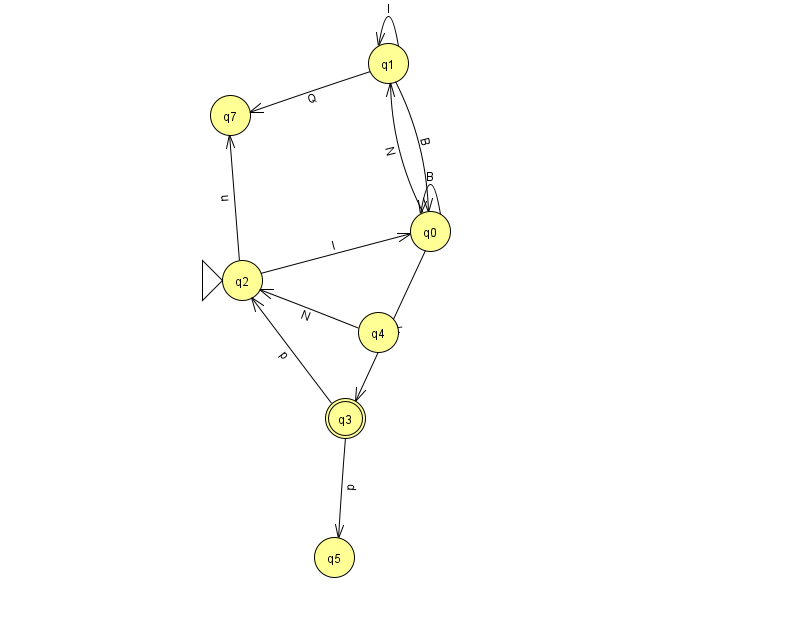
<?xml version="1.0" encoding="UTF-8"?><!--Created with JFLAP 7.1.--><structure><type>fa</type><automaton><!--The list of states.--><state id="0" name="q0"><x>430.0</x><y>218.0</y></state><state id="1" name="q1"><x>388.0</x><y>50.0</y></state><state id="2" name="q2"><x>242.0</x><y>267.0</y><initial/></state><state id="3" name="q3"><x>345.0</x><y>405.0</y><final/></state><state id="4" name="q4"><x>378.0</x><y>319.0</y></state><state id="5" name="q5"><x>334.0</x><y>544.0</y></state><state id="7" name="q7"><x>230.0</x><y>102.0</y></state><!--The list of transitions.--><transition><from>1</from><to>0</to><read>B</read></transition><transition><from>0</from><to>3</to><read>R</read></transition><transition><from>4</from><to>2</to><read>N</read></transition><transition><from>0</from><to>0</to><read>B</read></transition><transition><from>3</from><to>5</to><read>p</read></transition><transition><from>3</from><to>2</to><read>p</read></transition><transition><from>1</from><to>7</to><read>Q</read></transition><transition><from>2</from><to>7</to><read>u</read></transition><transition><from>1</from><to>1</to><read>I</read></transition><transition><from>0</from><to>1</to><read>N</read></transition><transition><from>2</from><to>0</to><read>I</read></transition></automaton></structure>